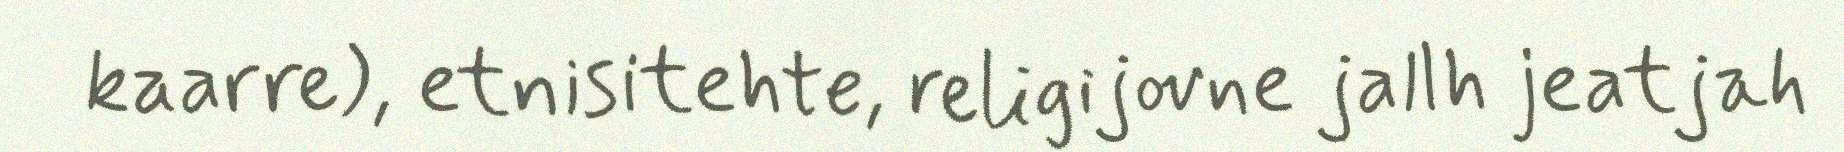
kaarre), etnisitehte, religijovne jallh jeatjah